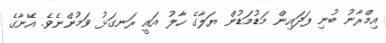
އިމްރާނު ބުނި ފަދައިން މަޑުމަޑުން ޔަލާގެ ހާލު އައީ ރަނގަޅު ވަމުންނެވެ. އޭނާގެ